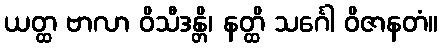
ယတ္ထ ဗာလာ ဝိသီဒန္တိ၊ နတ္ထိ သင်္ဂေါ ဝိဇာနတံ။